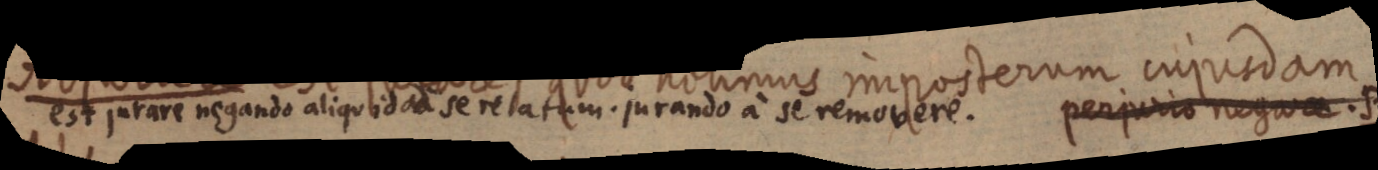
t m i aen ta aenlaitten matan a atiadt